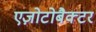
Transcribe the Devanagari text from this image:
एज़ोटोबैक्टर